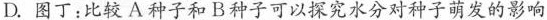
D.图丁：比较A种子和B种子可以探究水分对种子萌发的影响